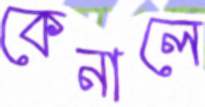
কেনালে